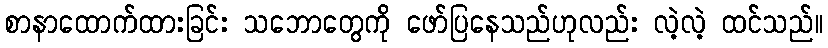
စာနာထောက်ထားခြင်း သဘောတွေကို ဖော်ပြနေသည်ဟုလည်း လဲ့လဲ့ ထင်သည်။